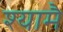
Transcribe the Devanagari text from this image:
श्यामै